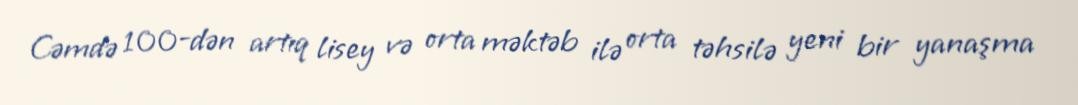
Cəmdə 100-dən artıq lisey və orta məktəb ilə orta təhsilə yeni bir yanaşma